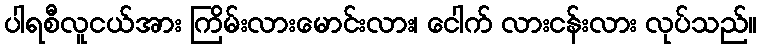
ပါရစီလူငယ်အား ကြိမ်းလားမောင်းလား၊ ငေါက် လားငန်းလား လုပ်သည်။